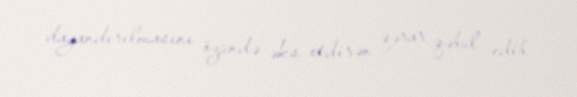
dayandırılmasını özündə əks etdirən qərar qəbul edib.